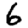
Digit: 6